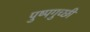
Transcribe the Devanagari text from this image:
पुष्पगुच्छी